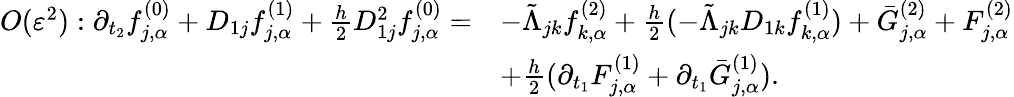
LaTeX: \begin{array}{rl}{O(\varepsilon^{2}):\partial_{t_{2}}f_{j,\alpha}^{(0)}+D_{1j}f_{j,\alpha}^{(1)}+\frac{h}{2}D_{1j}^{2}f_{j,\alpha}^{(0)}=}&{-\tilde{\Lambda}_{jk}f_{k,\alpha}^{(2)}+\frac{h}{2}(-\tilde{\Lambda}_{jk}D_{1k}f_{k,\alpha}^{(1)})+\bar{G}_{j,\alpha}^{(2)}+F_{j,\alpha}^{(2)}}\\ &{+\frac{h}{2}(\partial_{t_{1}}F_{j,\alpha}^{(1)}+\partial_{t_{1}}\bar{G}_{j,\alpha}^{(1)}).}\end{array}